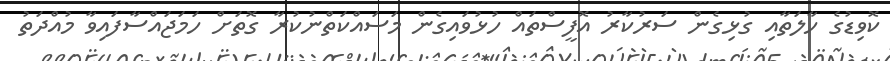
ކޮވިޑުގެ ހާލަތާއި ގުޅިގެން ސަރުކާރު އޮފީސްތައް ހުޅުވައިގެން މަސައްކަތްނުކުރާ ގޮތަށް ހަމަޖައްސާފައިވާ މުއްދަތު